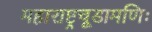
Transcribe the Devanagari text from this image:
महाराष्ट्रचूडामणिः